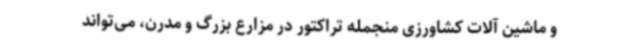
و ماشین آلات کشاورزی منجمله تراکتور در مزارع بزرگ و مدرن، می‌تواند